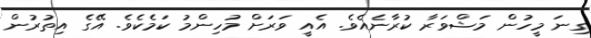
ގިނަ މީހުން މަޝްވަރާ ކުރާނެއެވެ. އެއީ ވަރަށް މުހިންމު ކަމެކެވެ. އޭގެ އިތުރުން